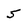
Character: 5